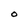
Character: O